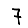
Digit: 7